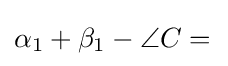
\alpha _{1}+\beta _{1}-\angle C={}\!